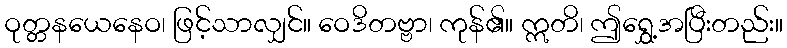
ဝုတ္တနယေနေဝ၊ ဖြင့်သာလျှင်။ ဝေဒိတဗ္ဗာ၊ ကုန်၏။ ဣတိ၊ ဤရွှေ့အပြီးတည်း။